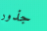
جذور